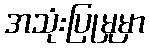
အသုံးပြုမှုမှာ